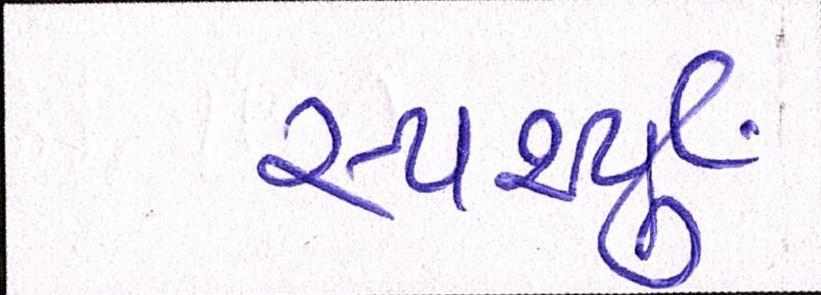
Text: સ્પર્શ્યું